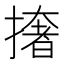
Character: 撦